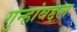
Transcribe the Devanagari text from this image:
गुन्हांबद्दल